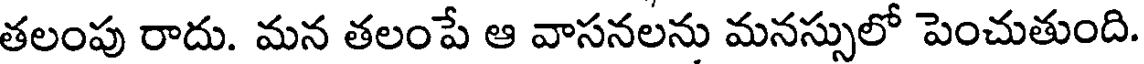
తలంపు రాదు. మన తలంపే ఆ వాసనలను మనస్సులో పెంచుతుంది.